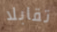
تقابلا